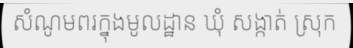
សំណូមពរក្នុងមូលដ្ឋាន ឃុំ សង្កាត់ ស្រុក